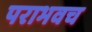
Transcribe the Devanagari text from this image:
पराभवच